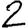
Digit: 2